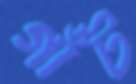
গাঁট